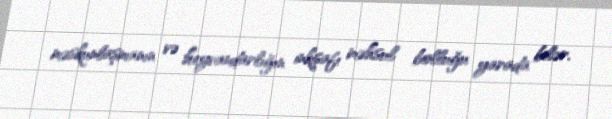
məskunlaşmanın və heyvandarlığın inkişafı məhsul bolluğu yarada bilər.